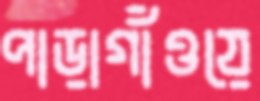
পাড়াগাঁওয়ে